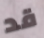
قد